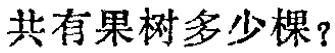
共有果树多少棵？